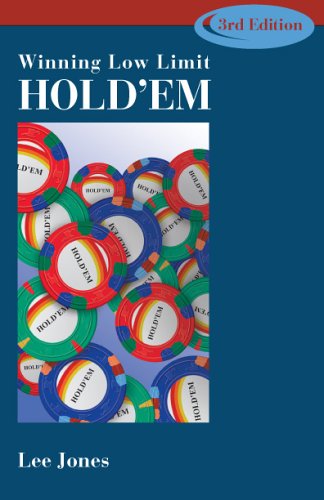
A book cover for Winning Low-Limit Hold'em; Lee Jones; Humor & Entertainment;